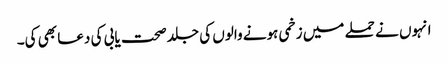
انہوں نے حملے میں زخمی ہونے والوں کی جلد صحت یابی کی دعا بھی کی۔